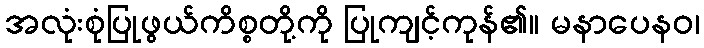
အလုံးစုံပြုဖွယ်ကိစ္စတို့ကို ပြုကျင့်ကုန်၏။ မနာပေနဝ၊